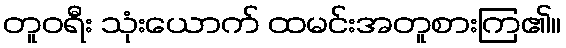
တူဝရီး သုံးယောက် ထမင်းအတူစားကြ၏။